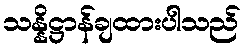
သန္နိဋ္ဌာန်ချထားပါသည်